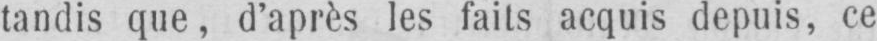
tandis que, d’après les faits acquis depuis, ce